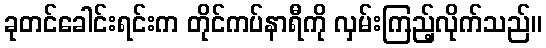
ခုတင်ခေါင်းရင်းက တိုင်ကပ်နာရီကို လှမ်းကြည့်လိုက်သည်။